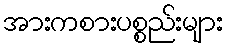
အားကစားပစ္စည်းများ